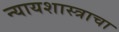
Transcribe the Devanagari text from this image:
न्यायशास्त्राचा